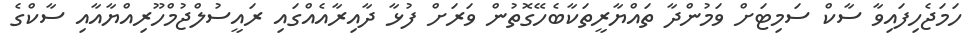
ހަމަޖެހިފައިވާ ސާކް ސަމިޓަށް ވަމުންދާ ތައްޔާރީތަކާބެހޭގޮތުން ވަރަށް ފުޅާ ދާއިރާއެއްގައި ރައީސުލްޖުމްހޫރިއްޔާއާއި ސާކްގެ